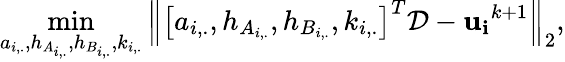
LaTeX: \operatorname*{min}_{a_{i,.},h_{A_{i,.}},h_{B_{i,.}},k_{i,.}}\left\| \left[a_{i,.},h_{A_{i,.}},h_{B_{i,.}},k_{i,.}\right]^{T}\mathcal{D}-\mathbf{u_{i}}^{k+1}\right\| _{2},